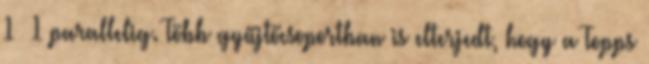
1 1 parallelig. Több gyűjtőcsoportban is elterjedt, hogy a Topps